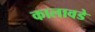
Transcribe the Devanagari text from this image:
कालावडे